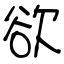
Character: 欲